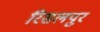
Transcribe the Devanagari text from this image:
रिसलपुर